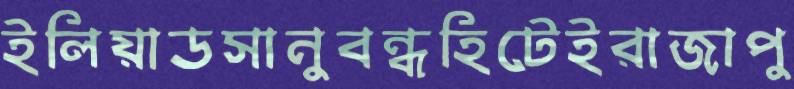
ইলিয়াডসানুবন্ধহিটেইরাজাপু